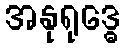
အနုရုဒ္ဓေ